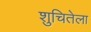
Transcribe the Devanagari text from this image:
शुचितेला